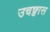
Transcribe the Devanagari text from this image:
उचछ्वास